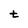
Character: t